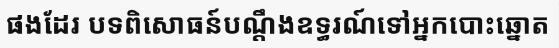
ផងដែរ បទពិសោធន៍បណ្តឹងឧទ្ធរណ៍ទៅអ្នកបោះឆ្នោត